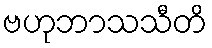
ဗဟုဘာသသီတိ